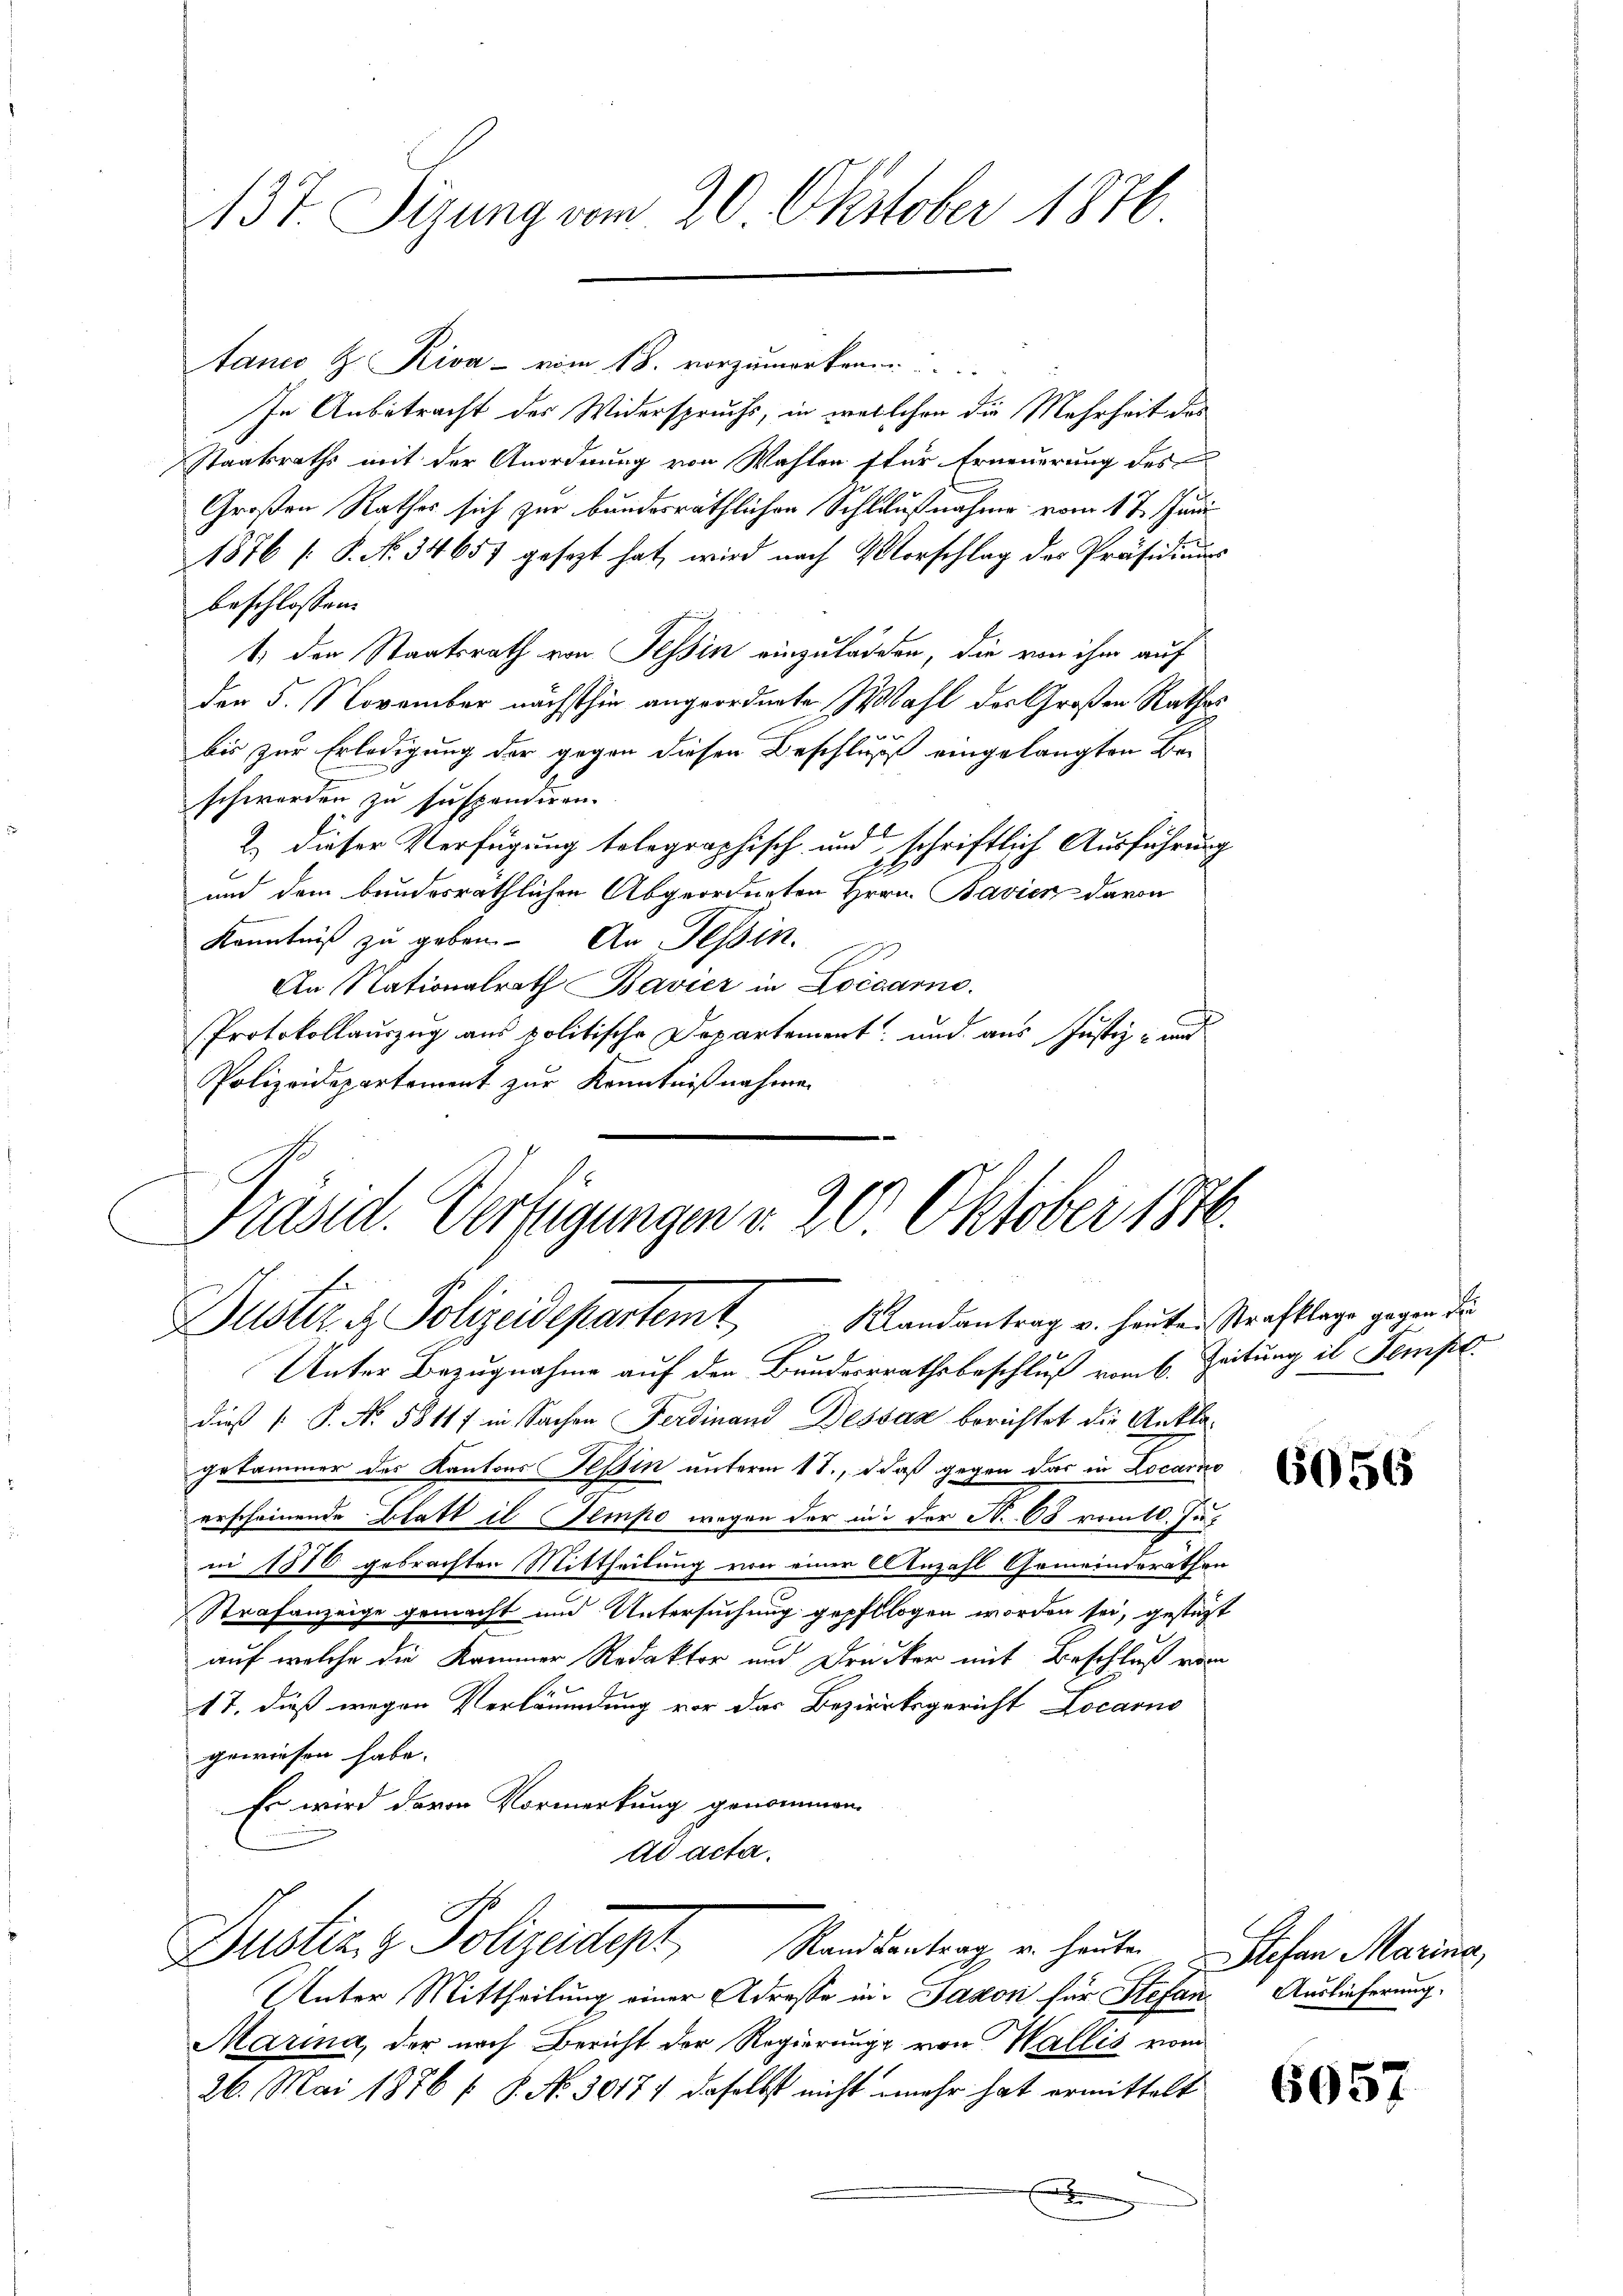
3t. Sizung vom 20. Oktober 1876.

tanco H. Riva - vom 18. vorzumerken .....
In Anbetracht des Widerspruchs, in welchen die Mehrheit des
Staatsraths mit der Anordnung von Wahlen für Erneuerung des
Großen Rathes sich zur bundesräthlichen Schlußnahme vom 17. Juni
1876 [ P. No. 34657 gesezt hat, wird nach Vorschlag der Präsidiums
beschlossen:
1. den Staatsrath von Tessin einzuladen, die von ihm auf
der 5. November nächsthin angeordnete Wahl des Großen Rathes
bis zur Erledigung der gegen diesen Beschluß eingelangten Beschwerden zu suspendiren.
2.) dieser Verfügung telegraphisch und schriftlich Ausführung
E
und dem bundesräthlichen Abgeordneten Hrrn. Bavier davon
Kenntniß zu geben. An Tessin.
An Nationalrath Bavier in Locarno.
Protokollauszug aus politische Departement, und aus Justiz- und
Polizeidepartement zur Kenntnißnahmen

Präsid. Verfügungen v. 20 Oktober 1840.
Duster u. Polizeidepartemt Randantrag u. heutenstrafklage gegen die

Unter Bezugnahme auf den Bundesrathsbeschluß vom 6. Zeitung il Kompe
dieß P. Nr. 58117 in Sachen Ferdinand Dessaz berichtet die Anklagekammer das Kantons Teßin unterm 17., daß gegen das in Locario
erscheinende Blatt il Tempo wegen der in der N. 68 vom 10. Jui 1876 gebrachten Mittheilung von einer Anzahl Gemeindsrathen
Strafanzeige gemacht und Untersuchung gepflogen worden sei, gesteht
auf welche die Kammer Redaktor und Drucker mit Beschluß vom
17. dieß wegen Verläumdung vor das Bezirksgericht Locarno
gewiesen habe.
Es wird davon Vormerkung genommen.
ad acta.
Justiz & Polizeidigt, Standertrag, u. heuten sehen Marina,
Unter Mittheilung einer Adresse in Jakon für Stefan Auslieferung
Marina, der nach Bericht der Regierung von Wallis vom
26. Mai 1876 f. 8. No 30177 daselbst nicht mehr hat ermittelt
x

6056

6057